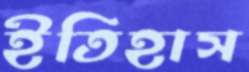
ইতিহাস